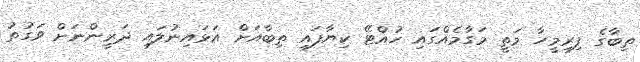
ތިބާގެ ފިރިމީހާ މަތީ މަގާމެއްގައި ހުއްޓޭ ކިޔާފައި ތިބާއަށް އަޅައިނުލައި ދަރީންނަށް ވަގުތު